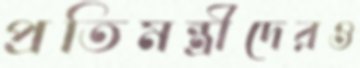
প্রতিমন্ত্রীদেরও